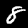
Label: 8